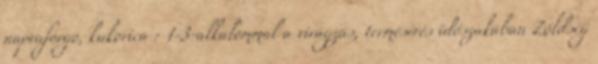
napraforgó, kukorica : 1-3-alkalommal a virágzás, termésérés időszakában Zöldség